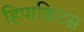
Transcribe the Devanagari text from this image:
हिपाक्रिटस